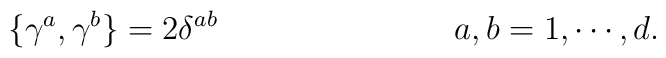
\{\gamma^{a},\gamma^{b}\}=2\delta^{ab} \hspace{3cm} a,b=1, \cdots ,d.